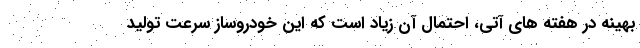
بهینه در هفته های آتی، احتمال آن زیاد است که این خودروساز سرعت تولید